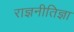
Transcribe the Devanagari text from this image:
राज्ञनीतिज्ञा